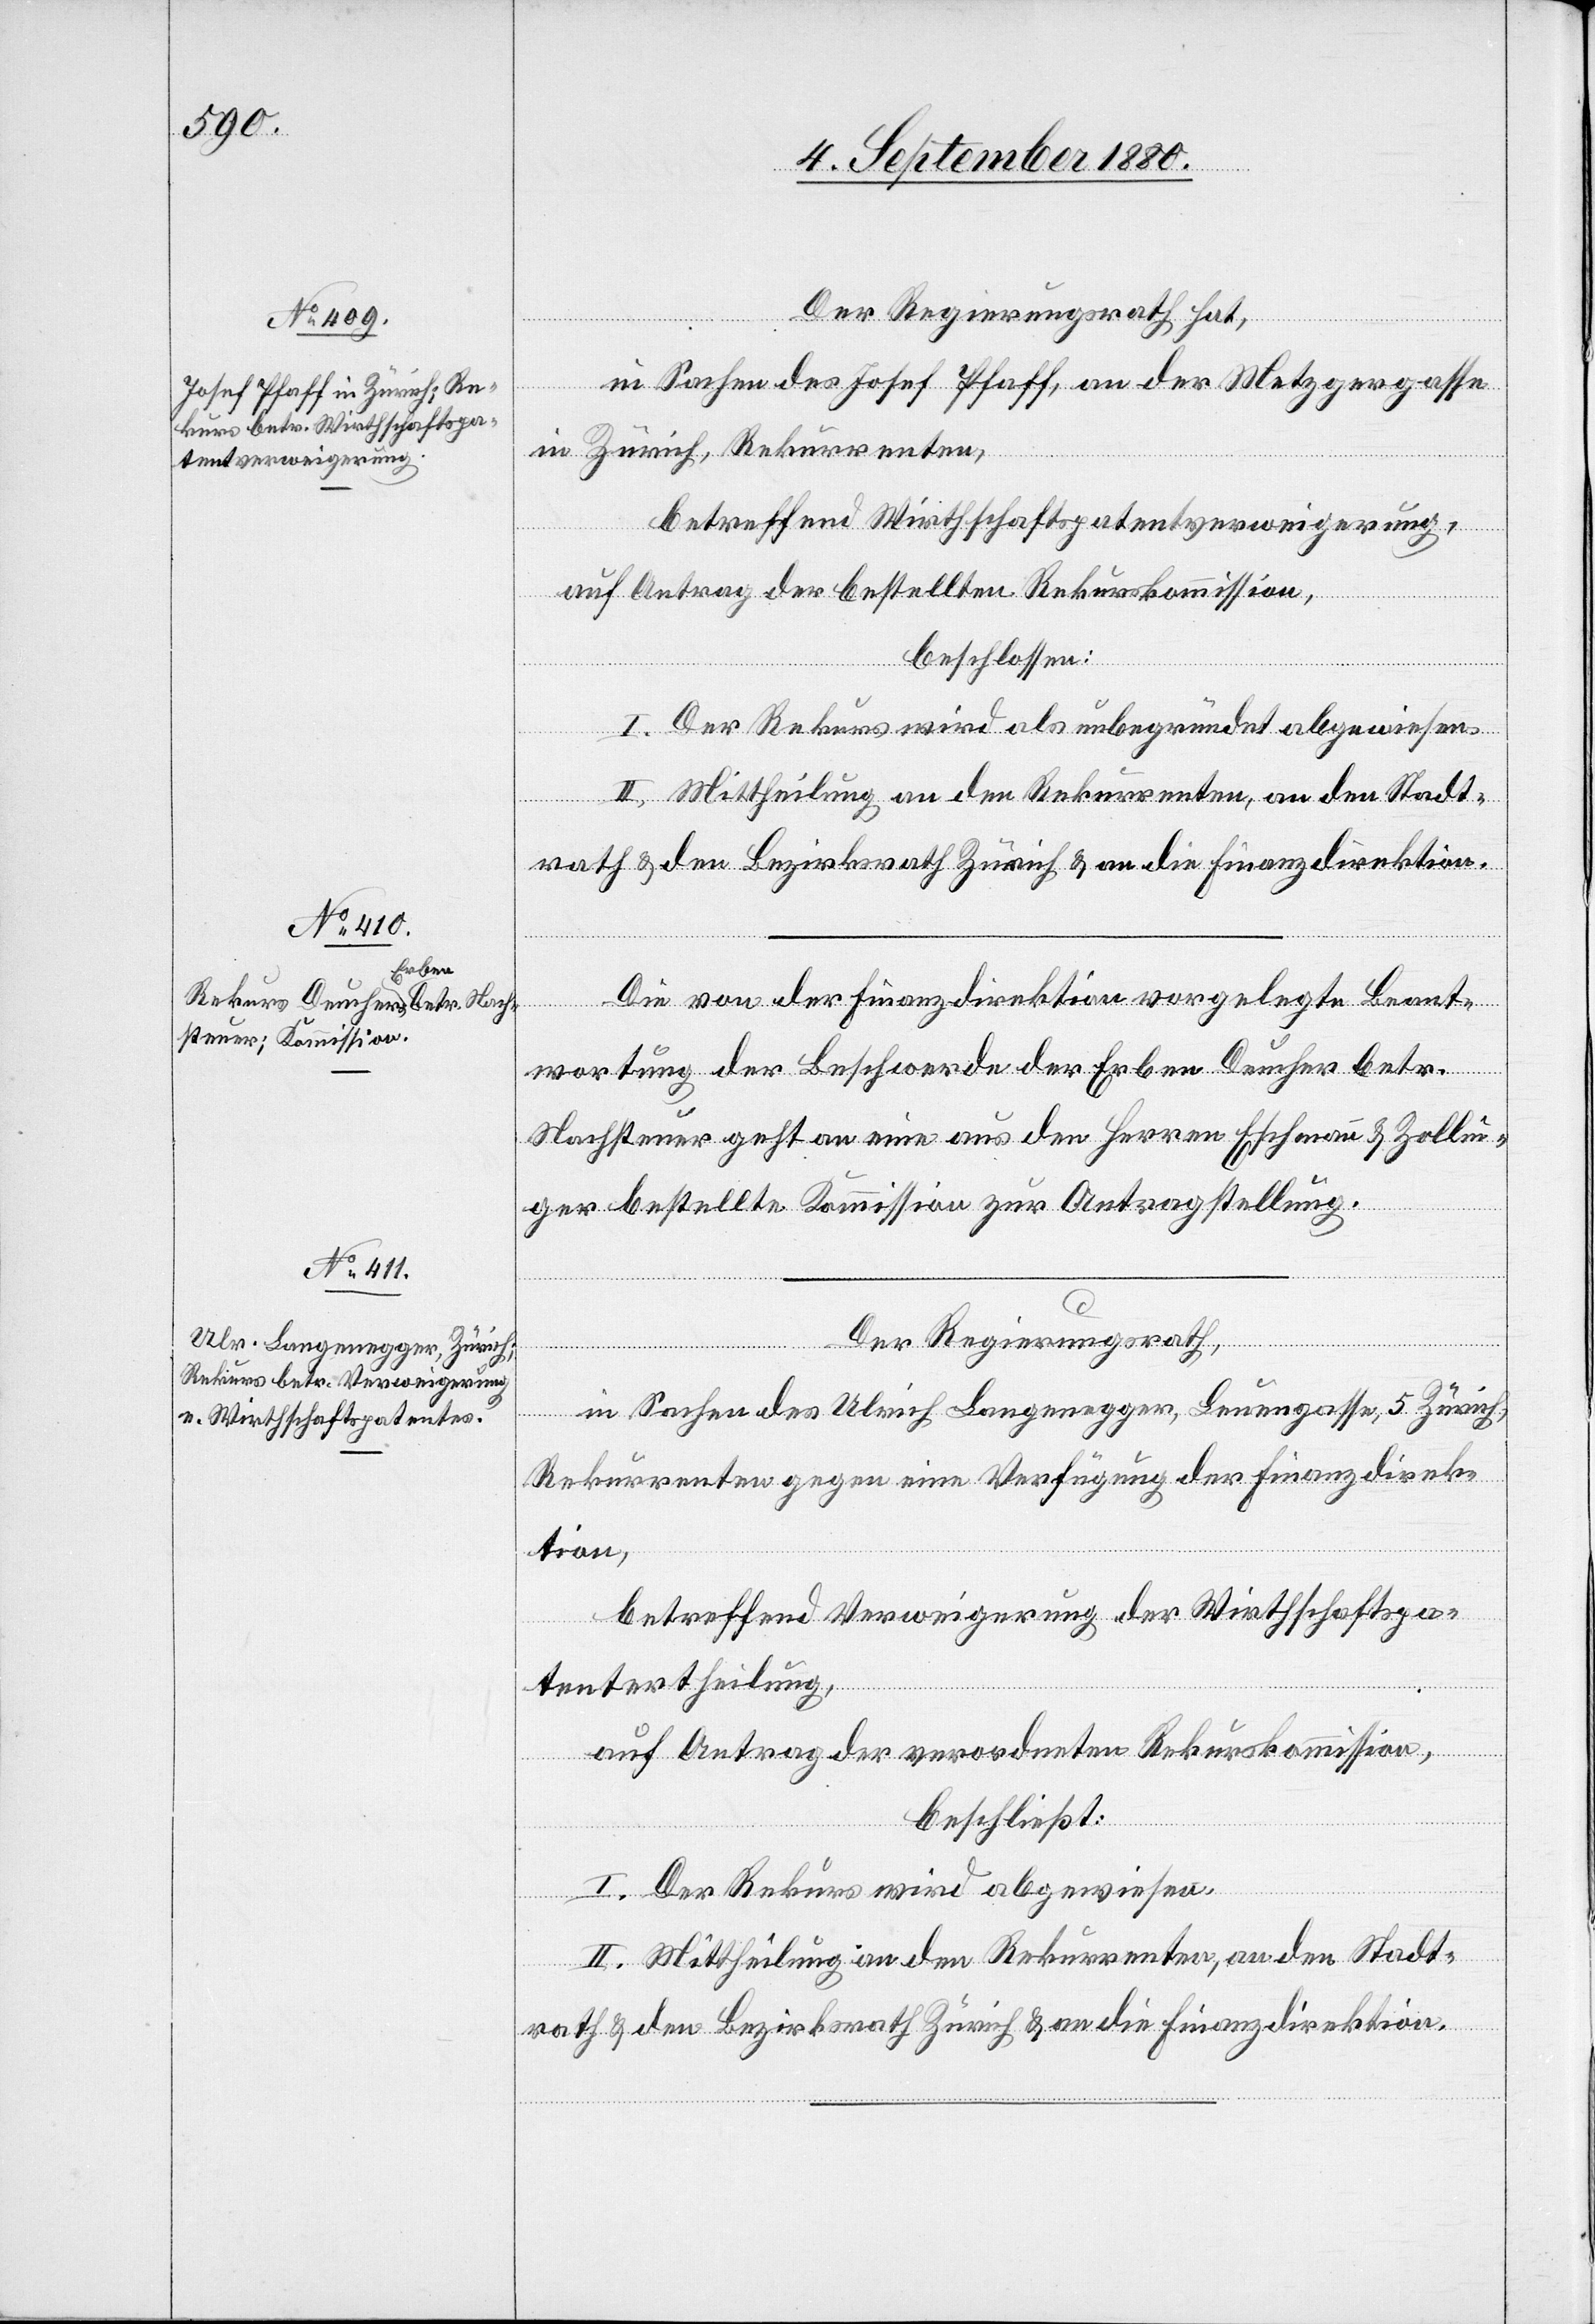
Der Regierungsrath hat,
in Sachen des Josef Pfaff, an der Metzgergasse
in Zürich, Rekurrenten,
betreffend Wirthschaftspatentverweigerung,
auf Antrag der bestellten Rekurskommission,
beschlossen:
I. Der Rekurs wird als unbegründet abgewiesen.
II. Mittheilung an den Rekurrenten, an den Stadt¬
ti¬
rath & den Bezirksrath Zürich & an die Finanzdirektion.
Die von der Finanzdirektion vorgelegte Beant¬
den
wortung der Beschwerde der Erben Deucher betr.
Nachsteuer geht an eine aus den Herren Eschmann & Zollin¬
direk¬
ger bestellte Kommission zur Antragstellung.
Der Regierungsrath,
in Sachen des Ulrich Langenegger, Leuengasse 5, Zürich,
Rekurrenten gegen eine Verfügung der Finanzdirek¬
tion,
betreffend Verweigerung der Wirthschaftspa¬
tentertheilung,
auf Antrag der verordneten Kommission,
beschließt:
I. Der Rekurs wird abgewiesen.
Finanz¬
II. Mittheilung an den Rekurrenten, an den Stadt¬

on.